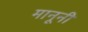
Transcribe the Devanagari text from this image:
मानूनी